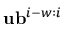
\mathbf { u } \mathbf { b } ^ { i - w : i }